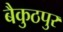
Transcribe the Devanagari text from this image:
बैकुठपुर